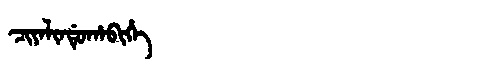
Manchu: ᠴᡳᠶᠠᠯᡳᠨᡩᡠᡥᠠᠪᡳᡥᡝ
Romanization: CIYALINDUHABIHE